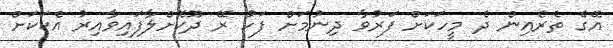
އޭގެ ތެރެއިން ދެ މީހަކަށް ފަރުވާ ދިނުމަށް ފަހު ރޭ ދޫކޮށްލާފައިވާއިރު އެކަކަށް